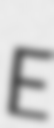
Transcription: E